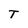
Character: T